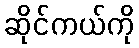
ဆိုင်ကယ်ကို